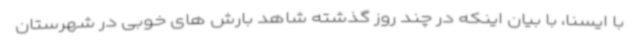
با ایسنا، با بیان اینکه در چند روز گذشته شاهد بارش های خوبی در شهرستان